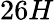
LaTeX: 26H